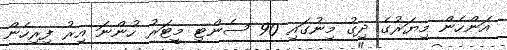
އަންހެން މިޔަރުގެ ދިގު މިނުގައި 90 ސެންޓި މީޓަރު ހުންނަ އިރު ފިރިހެން